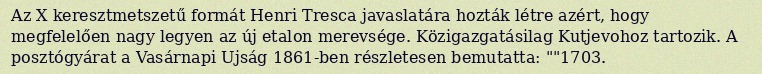
Az X keresztmetszetű formát Henri Tresca javaslatára hozták létre azért, hogy megfelelően nagy legyen az új etalon merevsége. Közigazgatásilag Kutjevohoz tartozik. A posztógyárat a Vasárnapi Ujság 1861-ben részletesen bemutatta: ""1703.